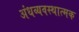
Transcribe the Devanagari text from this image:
अंधव्यवस्थात्मक